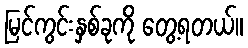
မြင်ကွင်းနှစ်ခုကို တွေ့ရတယ်။